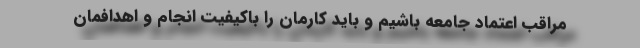
مراقب اعتماد جامعه باشیم و باید کارمان را باکیفیت انجام و اهدافمان